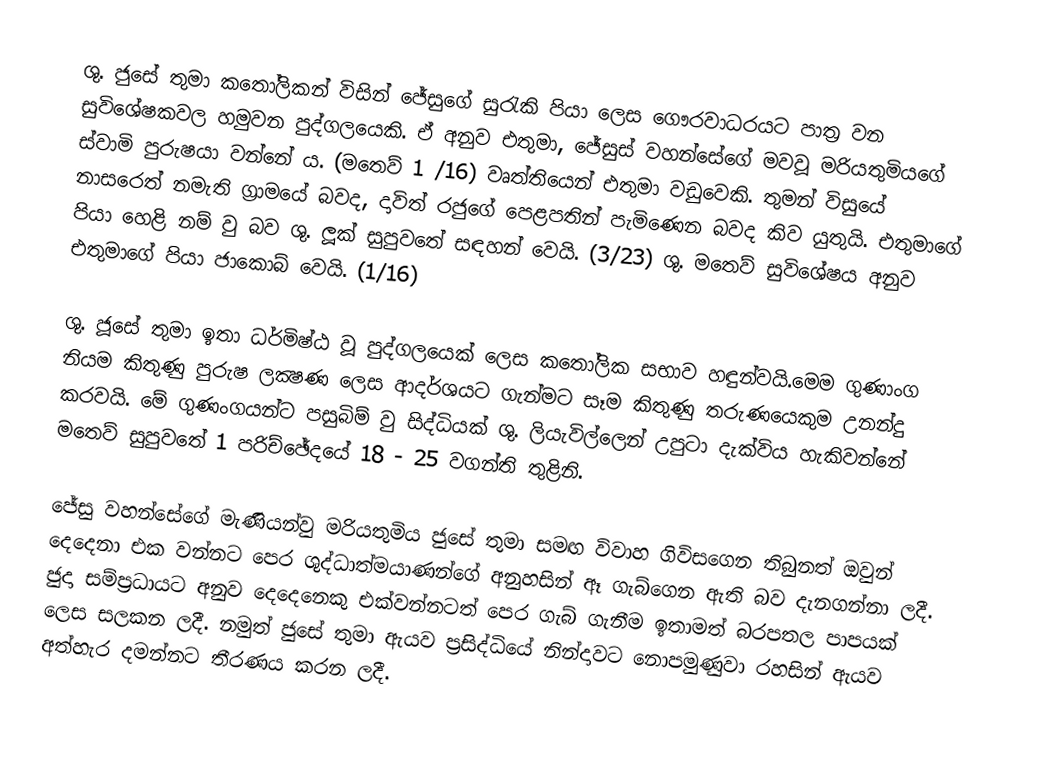
ශු. ජුසේ තුමා කතෝලිකන් විසින් ජේසුගේ සුරැකි පියා ලෙස ගෞරවාධරයට පාත්‍ර වන සුවිශේෂකවල හමුවන පුද්ගලයෙකි. ඒ අනුව එතුමා, ජේසුස් වහන්සේගේ මවවූ මරියතුමියගේ ස්වාමි පුරුෂයා වන්නේ ය. (මතෙව් 1 /16) වෘත්තියෙන් එතුමා වඩුවෙකි. තුමන් විසුයේ නාසරෙත් නමැති ග‍්‍රාමයේ බවද, දාවිත් රජුගේ පෙළපතින් පැමිණෙන බවද කිව යුතුයි. එතුමාගේ පියා හෙළි නම් වු බව ශු. ලූක් සුපුවතේ සඳහන් වෙයි. (3/23) ශු. මතෙව් සුවිශේෂය අනුව එතුමාගේ පියා ජාකොබ් වෙයි. (1/16)

ශු. ජූසේ තුමා ඉතා ධර්මිෂ්ඨ වූ පුද්ගලයෙක් ලෙස කතෝලික සභාව හඳුන්වයි.මෙම ගුණාංග නියම කිතුණු පුරුෂ ලක්‍ෂණ ලෙස ආදර්ශයට ගැන්මට සෑම කිතුණු තරුණයෙකුම උනන්දු කරවයි. මේ ගුණංගයන්ට පසුබිම් වු සිද්ධියක් ශු. ලියැවිල්ලෙන් උපුටා දැක්විය හැකිවන්නේ මතෙව් සුපුවතේ 1 පරිච්ඡේදයේ 18 - 25 වගන්ති තුළිනි.

ජේසු වහන්සේගේ මැණියන්වු මරියතුමිය ජුසේ තුමා සමඟ විවාහ ගිවිසගෙන තිබුනත් ඔවුන් දෙදෙනා  එක වන්නට පෙර ශුද්ධාත්මයාණන්ගේ අනුහසින් ඈ ගැබ්ගෙන ඇති බව දැනගන්නා ලදී. ජුදා සම්ප්‍රධායට අනුව දෙදෙනෙකු එක්වන්නටත් පෙර ගැබ් ගැනීම ඉතාමත් බරපතල පාපයක් ලෙස සලකන ලදී. නමුත් ජුසේ තුමා ඇයව ප්‍රසිද්ධියේ නින්දාවට නොපමුණුවා රහසින් ඇයව  අත්හැර දමන්නට තීරණය කරන ලදී.